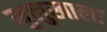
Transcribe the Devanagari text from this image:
मुलुखाला